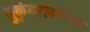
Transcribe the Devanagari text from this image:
मुकुंदरावांच्या